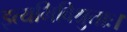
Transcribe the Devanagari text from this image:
इत्यभिविश्रुताः।